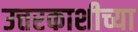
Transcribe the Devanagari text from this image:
उत्तरकाशीच्या